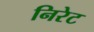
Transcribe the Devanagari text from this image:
निरेट